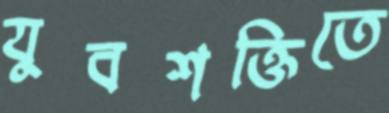
যুবশক্তিতে